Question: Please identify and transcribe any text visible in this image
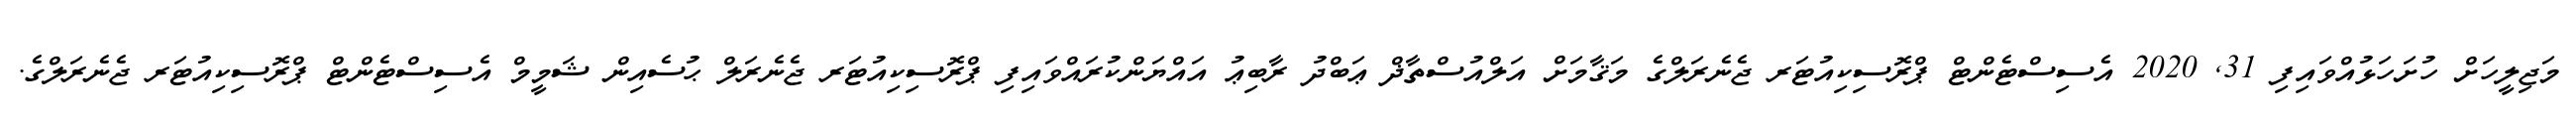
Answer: މަޖިލީހަށް ހުށަހަޅުއްވައިފި 31, 2020 އެސިސްޓެންޓް ޕްރޮސިކިއުޓަރ ޖެނެރަލްގެ މަޤާމަށް އަލްއުސްތާޛް ޢަބްދު ރާބިޢު އައްޔަންކުރައްވައިފި ޕްރޮސިކިއުޓަރ ޖެނެރަލް ޙުސެއިން ޝަމީމް އެސިސްޓެންޓް ޕްރޮސިކިއުޓަރ ޖެނެރަލްގެ.